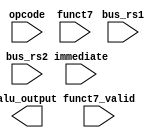
module Arithmetic_Logic_Unit #(parameter FLEN = 10) 
(
    input [6 : 0] opcode,
    input [6 : 0] funct7,
    input funct7_valid,

    input [31 : 0] bus_rs1,
    input [31 : 0] bus_rs2,
    input [31 : 0] immediate,

    output reg [31 : 0] alu_output
);
    /*

     Write your codes here
    
    */
endmodule